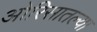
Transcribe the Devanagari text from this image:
ओरिसातल्या